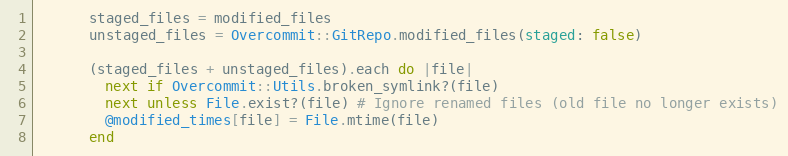
Language: Ruby
      staged_files = modified_files
      unstaged_files = Overcommit::GitRepo.modified_files(staged: false)

      (staged_files + unstaged_files).each do |file|
        next if Overcommit::Utils.broken_symlink?(file)
        next unless File.exist?(file) # Ignore renamed files (old file no longer exists)
        @modified_times[file] = File.mtime(file)
      end